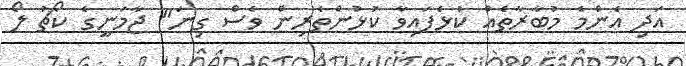
އަދި އެންމެ މުބާރާތެއް ކުޅެފައިވާ ކުޅުންތެރިން ވެސް ގިނަ" ޖާމަނީގެ ކޯޗު ލޯ